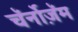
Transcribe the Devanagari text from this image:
चॅर्नोज़ॅम